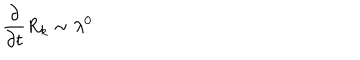
\frac { \partial } { \partial { t } } R _ { k } \sim \lambda ^ { 0 }